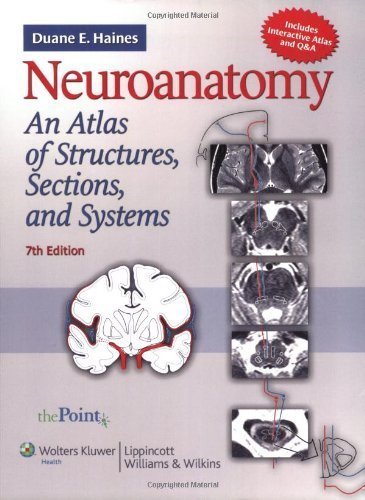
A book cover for By Duane E. Haines: Neuroanatomy: An Atlas of Structures, Sections, and Systems (Point (Lippincott Williams & Wilkins)) Seventh (7th) Edition; -Author-; Medical Books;